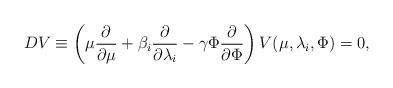
LaTeX: \begin{align*}DV \equiv \left( \mu \frac{\partial}{\partial \mu} + \beta_i\frac{\partial}{\partial \lambda_i} - \gamma \Phi\frac{\partial}{\partial \Phi} \right) V (\mu,\lambda_i,\Phi)=0,\end{align*}